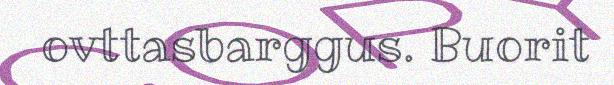
ovttasbarggus. Buorit